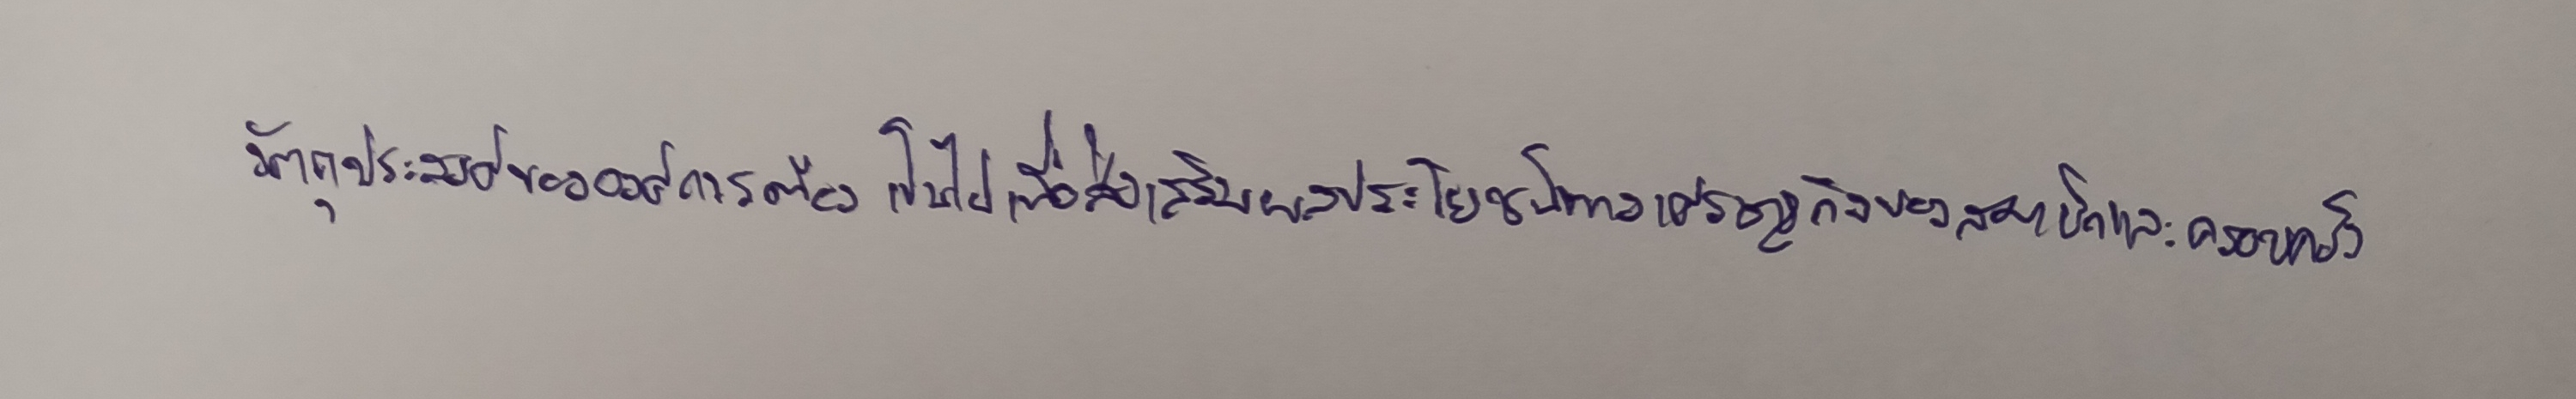
วัตถุประสงค์ขององค์การต้องเป็นไปเพื่อส่งเสริมผลประโยชน์ทางเศรษฐกิจของสมาชิกและครอบครัว